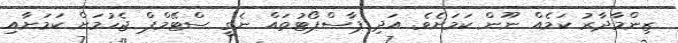
ޒިންމާދާރު ކަމެއް ނޫން ކަމަށެވެ. އަދި ޕާސްޕޯޓުތައް ނެގީ ސްޓޭމްޕް ޖެހުމަށް ކަމަށާއި